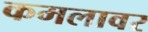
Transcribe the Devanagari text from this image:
कमलावर